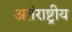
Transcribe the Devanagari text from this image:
अतंराष्ट्रीय